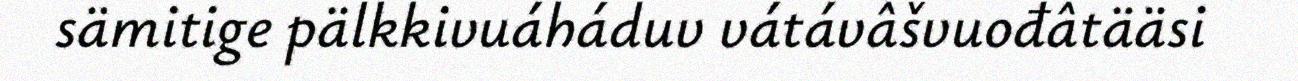
sämitige pälkkivuáháduv vátávâšvuođâtääsi